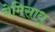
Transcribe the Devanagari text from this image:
नेमिसाधु